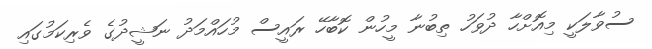
ސުވާލަކީ މިއޮށްހާ ދުވަހު ތިބުނާ މީހުން ކޮބާހޭ ރައީސް މުހަައްމަދު ނަޝީދުގެ ވެރިކަމުގައި